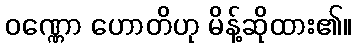
ဝဏ္ဏော ဟောတိဟု မိန့်ဆိုထား၏။